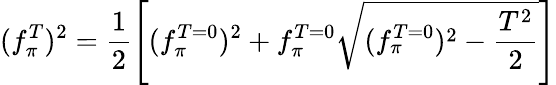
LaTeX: (f_{\pi}^{T})^{2}=\frac{1}{2}\left[(f_{\pi}^{T=0})^{2}+f_{\pi}^{T=0}\sqrt{(f_{\pi}^{T=0})^{2}-\frac{T^{2}}{2}}\right]